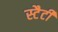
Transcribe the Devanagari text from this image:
स्टैटी